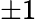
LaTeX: \pm 1